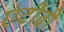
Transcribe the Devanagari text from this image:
एंटीबी